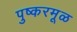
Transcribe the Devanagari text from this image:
पुष्करमूळ